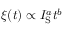
\xi ( t ) \propto I _ { \mathrm { S } } ^ { a } t ^ { b }